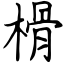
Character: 榾